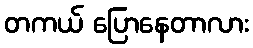
တကယ် ပြောနေတာလား